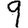
Digit: 9